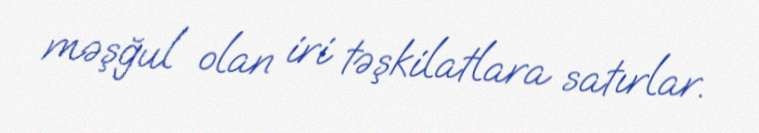
məşğul olan iri təşkilatlara satırlar.